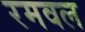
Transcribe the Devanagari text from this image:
रमवल